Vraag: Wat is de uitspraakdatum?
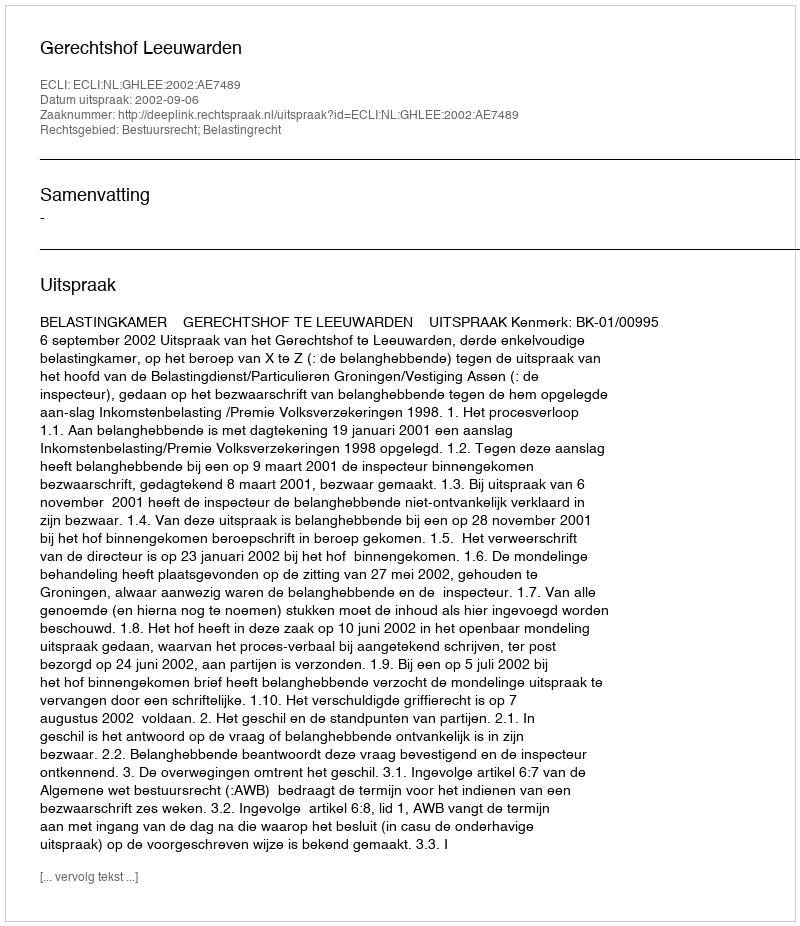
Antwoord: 2002-09-06